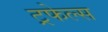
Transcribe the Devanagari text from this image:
ट्रफेल्स